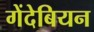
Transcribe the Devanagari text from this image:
गेंदेबियन